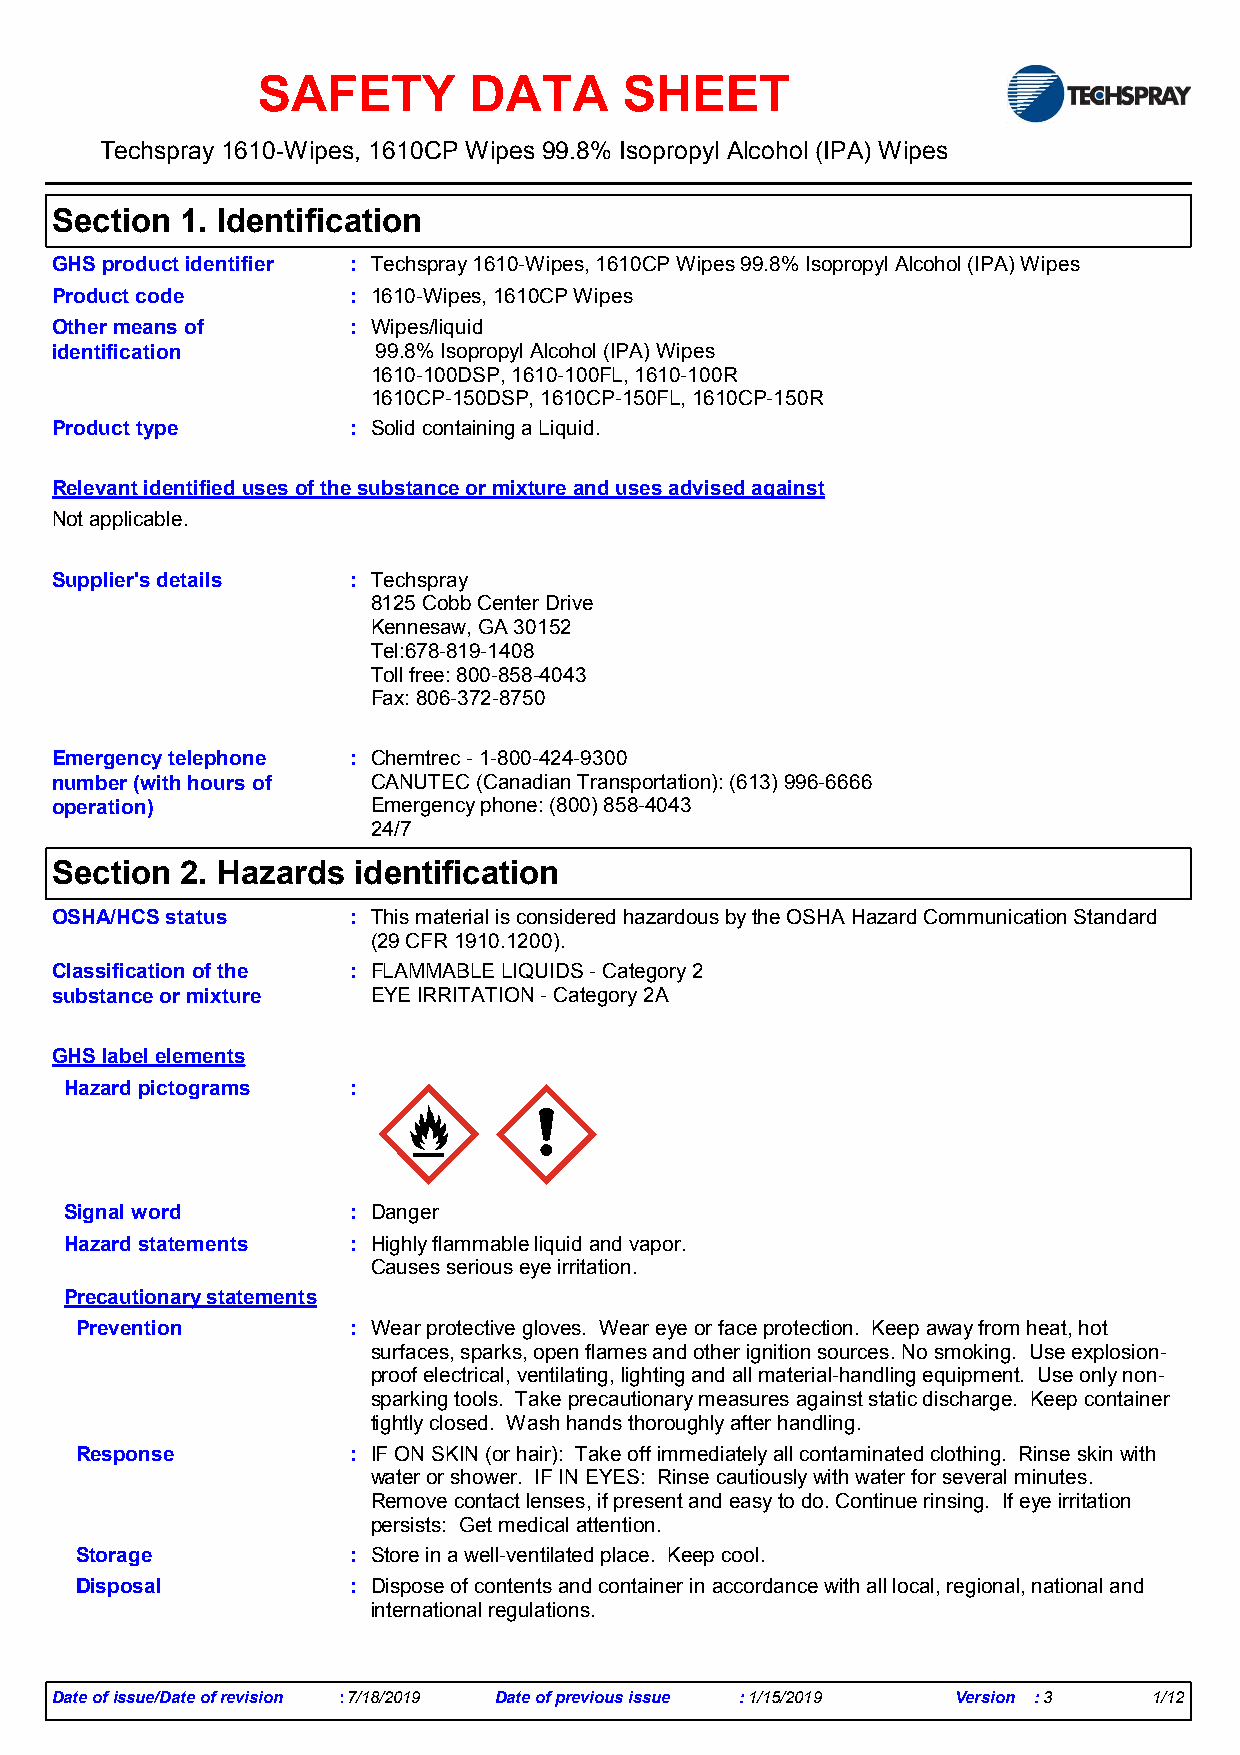
SAFETY        DATA      SHEET
 Techspray 1610-Wipes, 1610CP Wipes 99.8% Isopropyl Alcohol (IPA) Wipes
 Section  1. Identification
 GHS product identifier : Techspray 1610-Wipes, 1610CP Wipes 99.8% Isopropyl Alcohol (IPA) Wipes
 Product code        : 1610-Wipes, 1610CP Wipes
 Other means of      : Wipes/liquid
 identification        99.8% Isopropyl Alcohol (IPA) Wipes
 1610-100DSP, 1610-100FL, 1610-100R
 1610CP-150DSP, 1610CP-150FL, 1610CP-150R
 Product type        : Solid containing a Liquid.
 Relevant identified uses of the substance or mixture and uses advised against
 Not applicable.
 Supplier's details  : Techspray
 8125 Cobb Center Drive
 Kennesaw, GA 30152
 Tel:678-819-1408
 Toll free: 800-858-4043
 Fax: 806-372-8750
 Emergency telephone : Chemtrec - 1-800-424-9300
 number (with hours of CANUTEC (Canadian Transportation): (613) 996-6666
 operation)            Emergency phone: (800) 858-4043
 24/7
 Section  2. Hazards identification
 OSHA/HCS status     : This material is considered hazardous by the OSHA Hazard Communication Standard
 (29 CFR 1910.1200).
 Classification of the : FLAMMABLE LIQUIDS - Category 2
 substance or mixture  EYE IRRITATION - Category 2A
 GHS label elements
 Hazard pictograms  :
 Signal word        : Danger
 Hazard statements  : Highly flammable liquid and vapor.
 Causes serious eye irritation.
 Precautionary statements
 Prevention        : Wear protective gloves. Wear eye or face protection. Keep away from heat, hot
 surfaces, sparks, open flames and other ignition sources. No smoking. Use explosion-
 proof electrical, ventilating, lighting and all material-handling equipment. Use only non-
 sparking tools. Take precautionary measures against static discharge. Keep container
 tightly closed. Wash hands thoroughly after handling.
 Response          : IF ON SKIN (or hair): Take off immediately all contaminated clothing. Rinse skin with
 water or shower. IF IN EYES: Rinse cautiously with water for several minutes.
 Remove contact lenses, if present and easy to do. Continue rinsing. If eye irritation
 persists: Get medical attention.
 Storage           : Store in a well-ventilated place. Keep cool.
 Disposal          : Dispose of contents and container in accordance with all local, regional, national and
 international regulations.
 Date of issue/Date of revision :7/18/2019 Date of previous issue :1/15/2019 Version :3 1/12